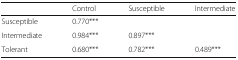
|  | Control | Susceptible | Intermediate |
 | --- | --- | --- | --- |
 | Susceptible | 0.770*** |  |  |
 | Intermediate | 0.984*** | 0.897*** |  |
 | Tolerant | 0.680*** | 0.782*** | 0.489*** |